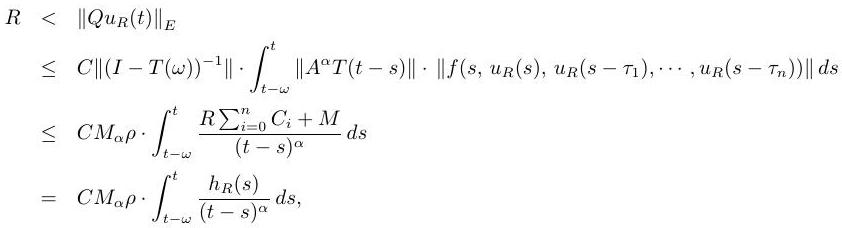
\begin{align*}
R &< \|Qu_R(t)\|_E \\
&\leq C\|(I - T(\omega))^{-1}\| \cdot \int_{t - \omega}^{t} \|A^{\alpha}T(t - s)\| \cdot \|f(s, u_R(s), u_R(s - \tau_1), \cdots, u_R(s - \tau_n))\| ds \\
&\leq C M_{\alpha} \rho \cdot \int_{t - \omega}^{t} \frac{R \sum_{i = 0}^{n} C_i + M}{(t - s)^{\alpha}} ds \\
&= C M_{\alpha} \rho \cdot \int_{t - \omega}^{t} \frac{h_R(s)}{(t - s)^{\alpha}} ds,
\end{align*}